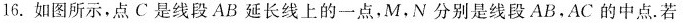
16.如图所示，点C是线段AB延长线上的一点，M，N分别是线段AB，AC的中点.若